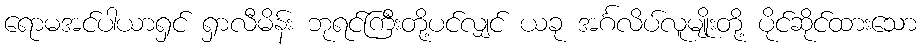
ရောမအင်ပါယာရှင် ရှာလီမိန်း ဘုရင်ကြီးတို့ပင်လျှင် ယခု အင်္ဂလိပ်လူမျိုးတို့ ပိုင်ဆိုင်ထားသော